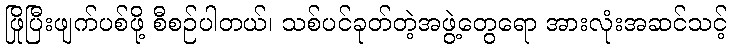
ဖြိုပြီးဖျက်ပစ်ဖို့ စီစဉ်ပါတယ်၊ သစ်ပင်ခုတ်တဲ့အဖွဲ့တွေရော အားလုံးအဆင်သင့်